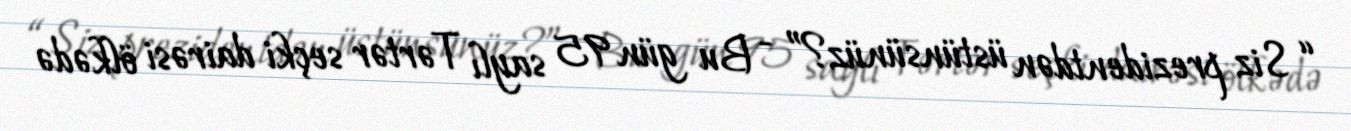
“ Siz prezidentdən üstünsünüz?” - Bu gün 95 saylı Tərtər seçki dairəsi ölkədə